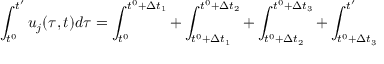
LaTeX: \int _ { t ^ { 0 } } ^ { t ^ { \prime } } u _ { j } ( \tau , t ) d \tau = \int _ { t ^ { 0 } } ^ { t ^ { 0 } + \Delta t _ { 1 } } + \int _ { t ^ { 0 } + \Delta t _ { 1 } } ^ { t ^ { 0 } + \Delta t _ { 2 } } + \int _ { t ^ { 0 } + \Delta t _ { 2 } } ^ { t ^ { 0 } + \Delta t _ { 3 } } + \int _ { t ^ { 0 } + \Delta t _ { 3 } } ^ { t ^ { \prime } }